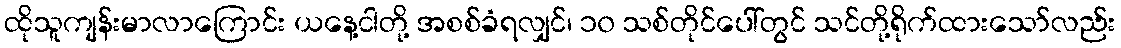
ထိုသူကျန်းမာလာကြောင်း ယနေ့ငါတို့ အစစ်ခံရလျှင်၊ ၁၀ သစ်တိုင်ပေါ်တွင် သင်တို့ရိုက်ထားသော်လည်း